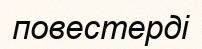
повестерді